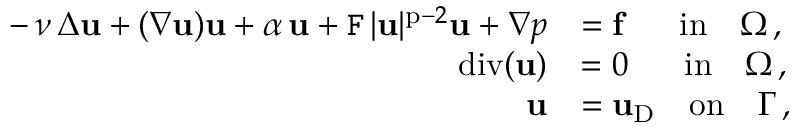
\begin{array} { r l } { \displaystyle - \, \nu \, \Delta \mathbf { u } + ( \nabla \mathbf { u } ) \mathbf { u } + \alpha \, \mathbf { u } + \mathtt { F } \, | \mathbf { u } | ^ { \mathrm { p } - 2 } \mathbf { u } + \nabla p } & { = \mathbf { f } \quad \, \, \mathrm { ~ i n } \quad \Omega \, , } \\ { \mathrm { d i v } ( \mathbf { u } ) } & { = 0 \quad \, \, \, \, \mathrm { i n } \quad \Omega \, , } \\ { \mathbf { u } } & { = \mathbf { u } _ { \mathrm { D } } \quad \mathrm { o n } \quad \Gamma \, , } \end{array}